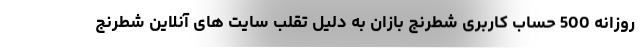
روزانه 500 حساب کاربری شطرنج بازان به دلیل تقلب سایت های آنلاین شطرنج